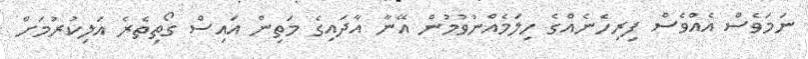
ނަމަވެސް އެއްވެސް ފިރިހެނެއްގެ ހިލަމެއްނުވުމުން އޭނާ އާދައިގެ މަތިން އައިސް ގޯތިތެރެ އަލިކުރުމަށް